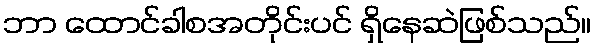
ဘာ ထောင်ခါစအတိုင်းပင် ရှိနေဆဲဖြစ်သည်။